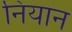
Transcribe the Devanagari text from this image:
नियान